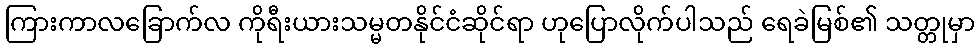
ကြားကာလခြောက်လ ကိုရီးယားသမ္မတနိုင်ငံဆိုင်ရာ ဟုပြောလိုက်ပါသည် ရေခဲမြစ်၏ သတ္တုမှာ